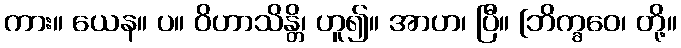
ကား။ ယေန။ ပ။ ဝိဟာသိန္တိ၊ ဟူ၍။ အာဟ၊ ပြီ။ [ဘိက္ခဝေ၊ တို့။